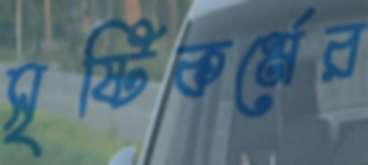
সৃষ্টিকর্মের